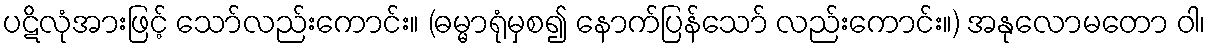
ပဋိလုံအားဖြင့် သော်လည်းကောင်း။ (ဓမ္မာရုံမှစ၍ နောက်ပြန်သော် လည်းကောင်း။) အနုလောမတော ဝါ၊